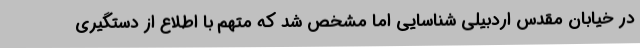
در خیابان مقدس اردبیلی شناسایی اما مشخص شد که متهم با اطلاع از دستگیری